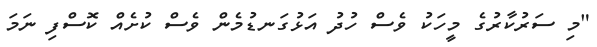
"މި ސަރުކާރުގެ މީހަކު ވެސް ހުދު އަޅުގަނޑުމެން ވެސް ކުށެއް ކޮސްފި ނަމަ